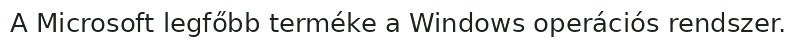
A Microsoft legfőbb terméke a Windows operációs rendszer.